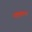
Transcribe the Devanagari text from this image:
नक़्क़ाल